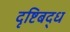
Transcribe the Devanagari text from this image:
दृष्टिबद्ध